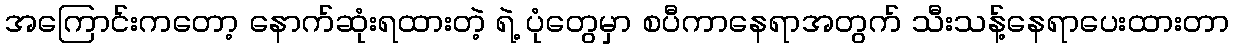
အကြောင်းကတော့ နောက်ဆုံးရထားတဲ့ ရဲ့ ပုံတွေမှာ စပီကာနေရာအတွက် သီးသန့်နေရာပေးထားတာ